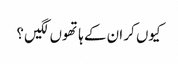
کیوں کر ان کے ہاتھوں لگیں ؟